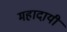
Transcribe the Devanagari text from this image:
महादायी